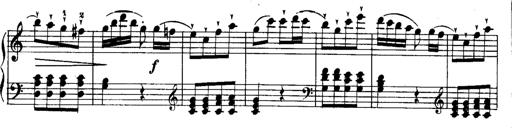
Title: Rondos and Sonatinas for Pianoforte
Composer: Daniel Steibelt